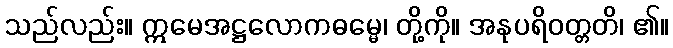
သည်လည်း။ ဣမေအဋ္ဌလောကဓမ္မေ၊ တို့ကို။ အနုပရိဝတ္တတိ၊ ၏။